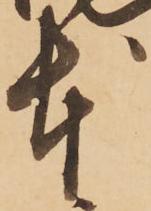
本